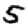
Digit: 5